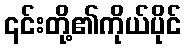
၎င်းတို့၏ကိုယ်ပိုင်